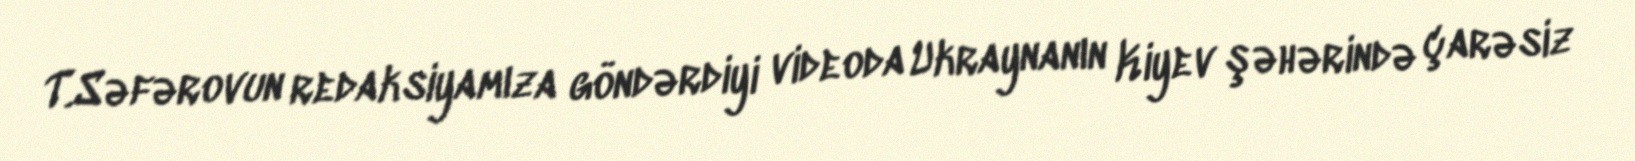
T.Səfərovun redaksiyamıza göndərdiyi videoda Ukraynanın Kiyev şəhərində çarəsiz